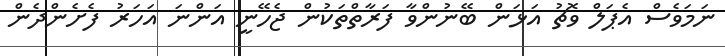
ނަމަވެސް އެޕަލް ވޮޗު އަޅަން ބޭނުންވާ ފަރާތްތަކުން ޖެހޭނީ އަންނަ އަހަރު ފެށެންދެން